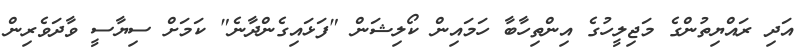
އަދި ރައްޔިތުންގެ މަޖިލީހުގެ އިންތިހާބާ ހަމައިން ކޯލިޝަން "ފަޅައިގެންދާނެ" ކަމަށް ސިޔާސީ ވާދަވެރިން